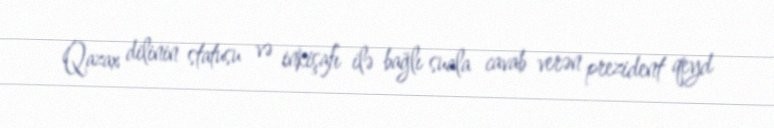
Qazax dilinin statusu və inkişafı ilə bağlı suala cavab verən prezident qeyd